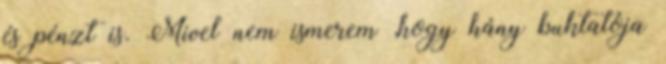
és pénzt is. Mivel nem ismerem ,hogy hány buktatója